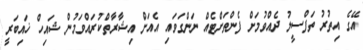
އޭގެ އިތުރު ތަފްސީލު ދެއްވުމަށް ފެންތަށްޓެއް ނަންގަވައި އެއަށް އިޝާރާތްކުރައްވަމުން ޝައިހް ޚައިބަރީ